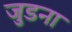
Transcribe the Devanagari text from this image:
जुडना